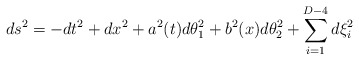
\begin{align*}ds^2 = - dt^2 + dx^2 + a^2(t) d\theta_1^2 + b^2(x) d\theta_2^2+ \sum_{i=1}^{D-4}d\xi_i^2\end{align*}